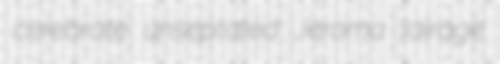
cerebrate unseptated Jeroma lairage